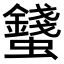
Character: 𧔢